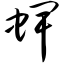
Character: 蜱